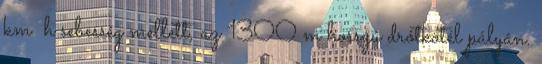
km h sebesség mellett, az 1300 m hosszú drótkötél pályán.